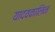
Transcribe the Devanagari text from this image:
यादवकालिन